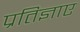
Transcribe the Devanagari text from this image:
प्रतिज्ञाए